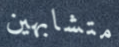
متشابهين